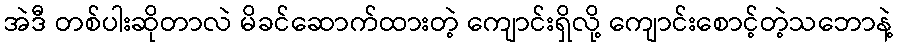
အဲဒီ တစ်ပါးဆိုတာလဲ မိခင်ဆောက်ထားတဲ့ ကျောင်းရှိလို့ ကျောင်းစောင့်တဲ့သဘောနဲ့